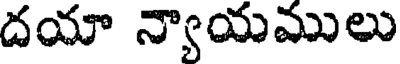
దయా న్యాయములు